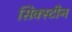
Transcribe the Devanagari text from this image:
सिक्स्टीन